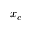
x _ { c }